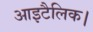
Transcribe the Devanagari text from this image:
आइटैलिक।